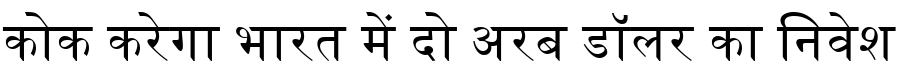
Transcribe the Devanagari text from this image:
कोक करेगा भारत में दो अरब डॉलर का निवेश